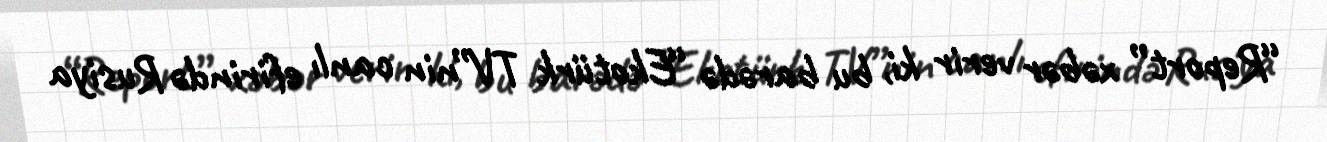
“Report” xəbər verir ki, bu barədə “Ekotürk TV”nin canlı efirində Rusiya